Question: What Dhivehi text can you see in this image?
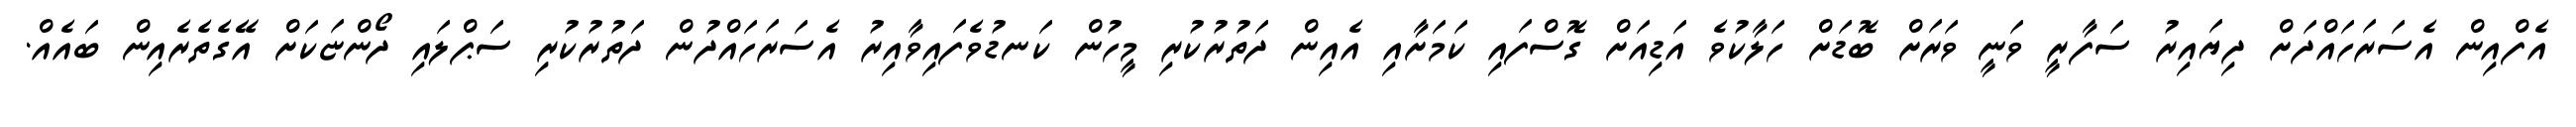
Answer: އެފްއިން އެސަރަހައްދަށް ދިޔައިރު ސަފާރީ ވަނީ ވަރަށް ބޮޑަށް ހަލާކުވެ އަޑިއަށް ގޮސްފައި ކަމަށާއި އެއިން ދަތުރުކުރި މީހުން ކަނޑުވެފައިވާއިރު އެސަރަހައްދުން ދަތުރުކުރި ސަޕްލައި ދޯންޏަކަށް އޭގެތެރެއިން ބައެއް.